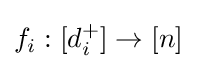
f_{i}:[d_{i}^{+}]\rightarrow [n]